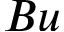
\b { B u }